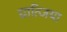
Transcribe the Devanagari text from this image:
ग्रात्जिया